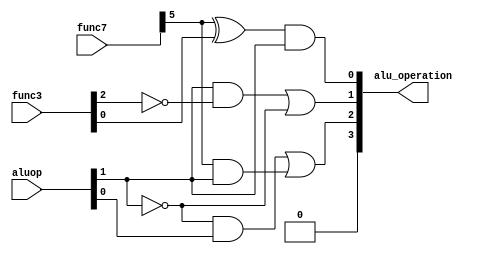
module ALU_control(aluop,func7,func3,alu_operation);
input [0:1]aluop;
input [0:6]func7;
input [0:2]func3;
output [0:3]alu_operation;

wire w;
not(w,aluop[0]);
and(alu_operation[0],w,aluop[0]);

wire w1,w2,w3;
and(w1,func7[1],aluop[0]);
not(w2,aluop[0]);
and(w3,w2,aluop[1]);
or(alu_operation[1],w3,w1);

wire t1,t2,t3;
not(t1,func3[0]);
and(t2,aluop[0],t1);
not(t3,aluop[0]);
or(alu_operation[2],t2,t3);

wire t;
xor(t,func7[1],func3[2]);
and(alu_operation[3],t,aluop[0]);


endmodule